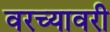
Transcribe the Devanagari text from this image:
वरच्यावरी